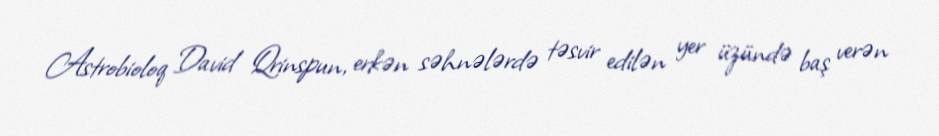
Astrobioloq David Qrinspun, erkən səhnələrdə təsvir edilən yer üzündə baş verən